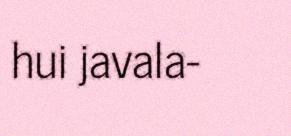
hui javala-